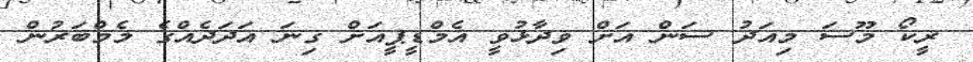
ރީކޯ މޫސަ މިއަދު ސަން އަށް ވިދާޅުވީ އެމްޑީޕީއަށް ގިނަ އަދަދެއްގެ މެމްބަރުން